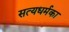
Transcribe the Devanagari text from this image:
सत्यधर्मका